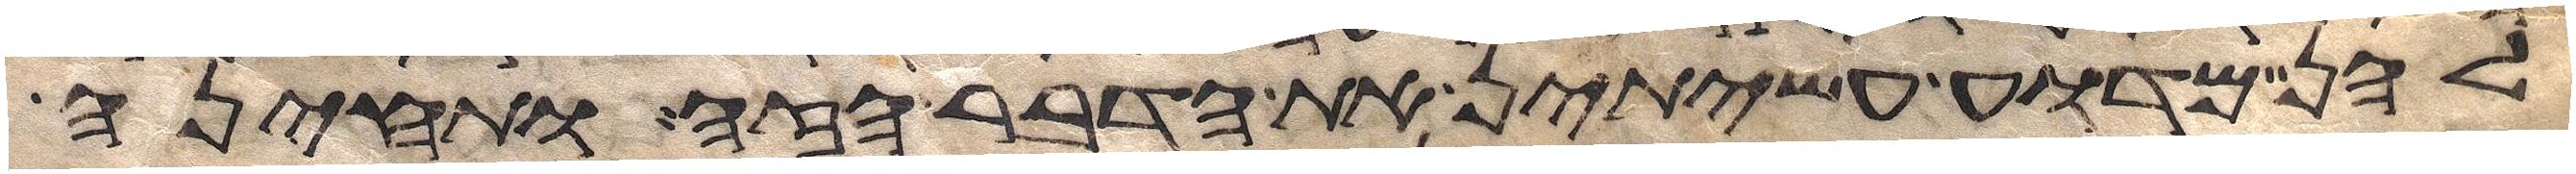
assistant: להן מדוע עשיתן את הדבר הזה ותחינה